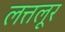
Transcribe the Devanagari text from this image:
लत्तलूर